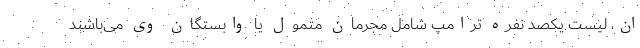
ان، لیست یکصد نفره ترامپ شامل مجرمان متمول یا وابستگان‌ وی می‌باشند